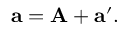
\mathbf { a } = \mathbf { A } + \mathbf { a } ^ { \prime } .